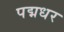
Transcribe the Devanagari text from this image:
पद्मधर